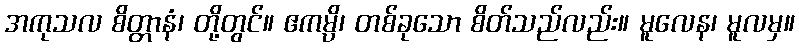
အကုသလ စိတ္တာနံ၊ တို့တွင်။ ဧကမ္ပိ၊ တစ်ခုသော စိတ်သည်လည်း။ မူလေန၊ မူလမှ။